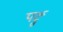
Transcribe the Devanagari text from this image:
पर्दु